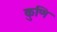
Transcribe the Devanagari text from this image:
कुणि